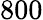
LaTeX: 800